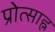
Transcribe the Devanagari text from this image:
प्रोत्साह्न